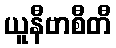
ယူနီဗာစီတီ